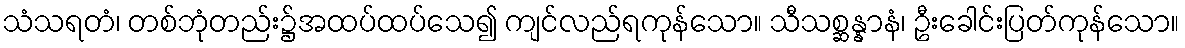
သံသရတံ၊ တစ်ဘုံတည်း၌အထပ်ထပ်သေ၍ ကျင်လည်ရကုန်သော။ သီသစ္ဆန္နာနံ၊ ဦးခေါင်းပြတ်ကုန်သော။